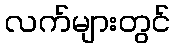
လက်များတွင်